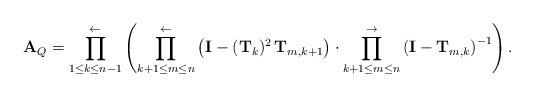
LaTeX: \begin{align*}{\mathbf{A}}_{Q} =\prod_{1\le k\le n-1}^{\gets} \left ( \prod_{k+1\le m\le n}^{\gets} \left( {\mathbf{I}}-({\mathbf{T}}_{k})^{2}\, {\mathbf{T}}_{m,k+1} \right)\cdot \prod_{k+1\le m\le n}^{\to} \left( {\mathbf{I}}-{\mathbf{T}}_{m,k} \right)^{-1}\right).\end{align*}